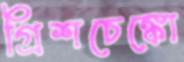
গ্রিশচেঙ্কো